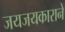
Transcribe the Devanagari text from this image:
जयजयकाराने